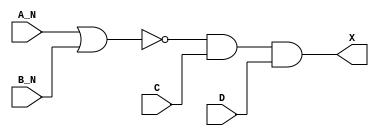
module sky130_fd_sc_ls__and4bb_4 (
    X  ,
    A_N,
    B_N,
    C  ,
    D
);
    output X  ;
    input  A_N;
    input  B_N;
    input  C  ;
    input  D  ;
    wire nor0_out  ;
    wire and0_out_X;
    nor nor0 (nor0_out  , A_N, B_N       );
    and and0 (and0_out_X, nor0_out, C, D );
    buf buf0 (X         , and0_out_X     );
endmodule